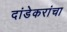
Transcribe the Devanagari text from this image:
दांडेकरांचा